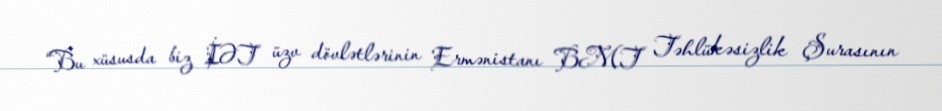
“Bu xüsusda biz İƏT üzv dövlətlərinin Ermənistanı BMT Təhlükəsizlik Şurasının